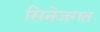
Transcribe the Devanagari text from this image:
सिनेजगत